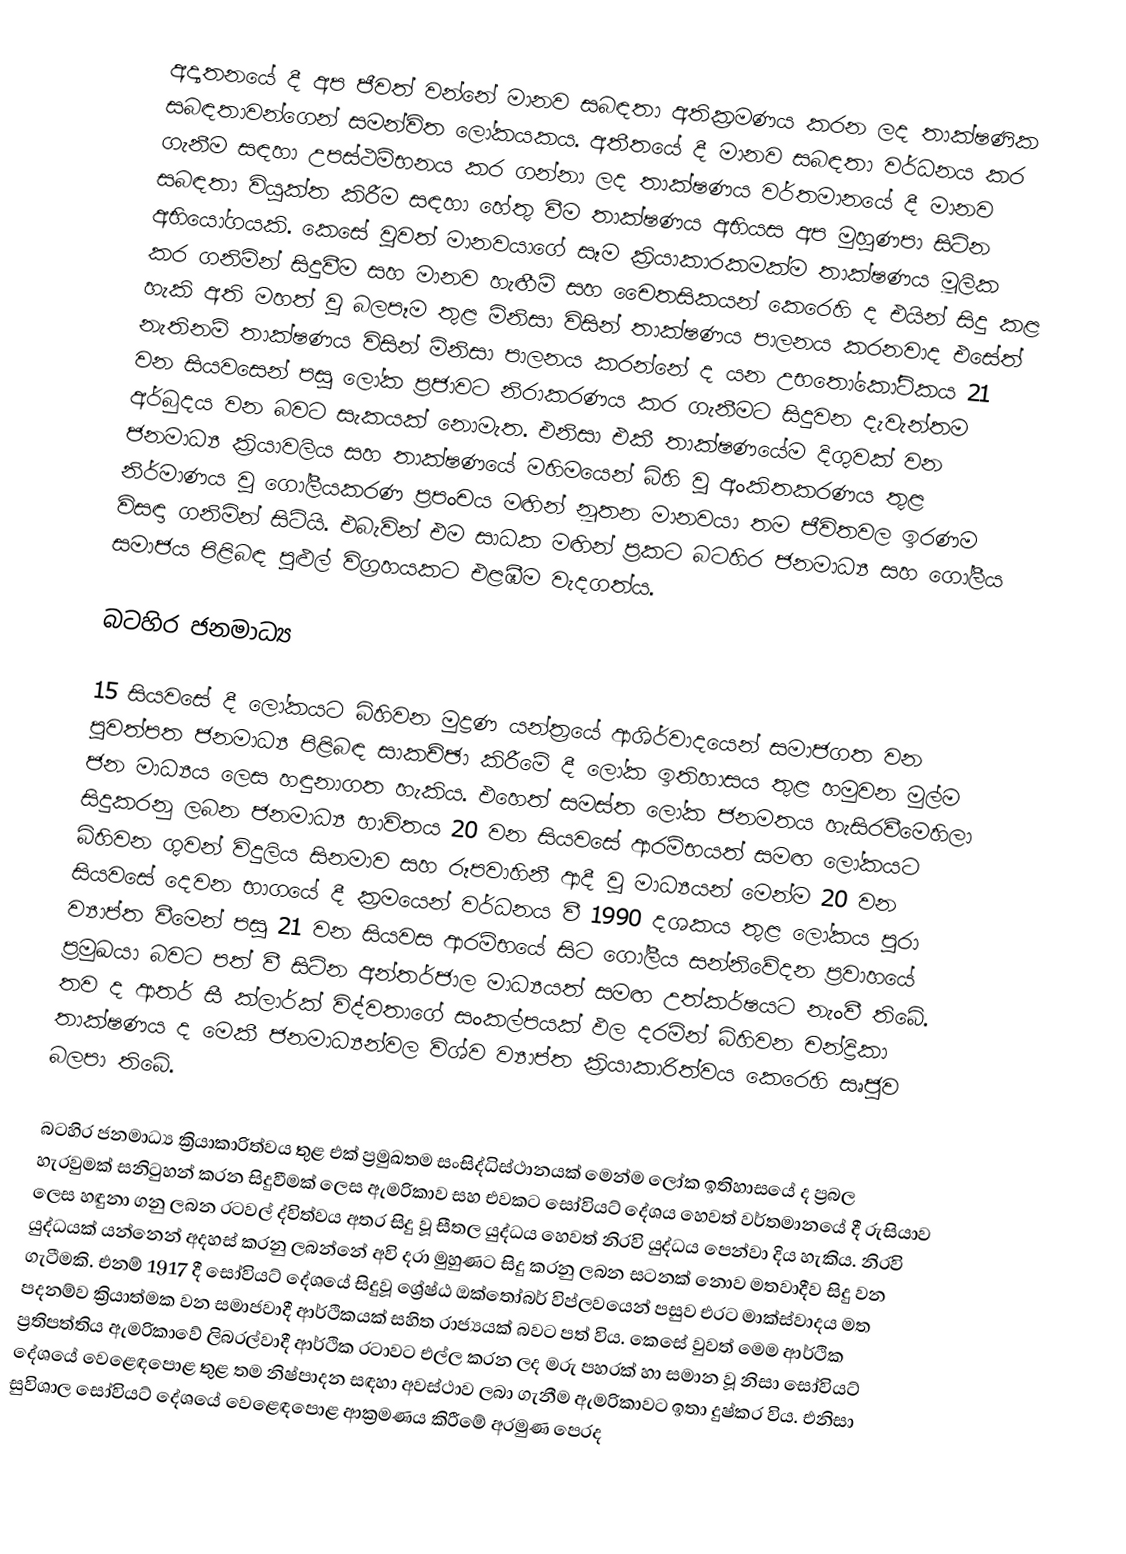
අද්‍යතනයේ දී අප ජීවත් වන්නේ මානව සබඳතා අතික්‍රමණය කරන ලද තාක්ෂණික සබඳතාවන්ගෙන් සමන්විත ලෝකයකය. අතීතයේ දී මානව සබඳතා වර්ධනය කර ගැනීම සඳහා උපස්ථම්භනය කර ගන්නා ලද තාක්ෂණය වර්තමානයේ දී මානව සබඳතා වියුක්ත කිරීම සඳහා හේතු වීම තාක්ෂණය අභියස අප මුහුණපා සිටින අභියෝගයකි. කෙසේ වුවත් මානවයාගේ සෑම ක්‍රියාකාරකමක්ම තාක්ෂණය මූලික කර ගනිමින් සිදුවීම සහ මානව හැඟීම් සහ චෛතසිකයන් කෙරෙහි ද එයින් සිදු කළ හැකි අති මහත් වූ බලපෑම තුළ මිනිසා විසින් තාක්ෂණය පාලනය කරනවාද එසේත් නැතිනම් තාක්ෂණය විසින් මිනිසා පාලනය කරන්නේ ද යන උභතෝකෝටිකය 21 වන සියවසෙන් පසු ලෝක ප්‍රජාවට නිරාකරණය කර ගැනීමට සිදුවන දැවැන්තම අර්බුදය වන බවට සැකයක් නොමැත. එනිසා එකී තාක්ෂණයේම දිගුවක් වන ජනමාධ්‍ය ක්‍රියාවලිය සහ තාක්ෂණයේ මහිමයෙන් බිහි වූ අංකිතකරණය තුළ නිර්මාණය වූ ගෝලීයකරණ ප්‍රපංචය මඟින්  නූතන මානවයා තම ජීවිතවල ඉරණම විසඳා ගනිමින් සිටියි. එබැවින් එම සාධක මඟින් ප්‍රකට බටහිර ජනමාධ්‍ය සහ ගෝලීය සමාජය පිළිබඳ පුළුල් විග්‍රහයකට එළඹීම වැදගත්ය.

බටහිර ජනමාධ්‍ය

15 සියවසේ දී ලෝකයට බිහිවන මුද්‍රණ යන්ත්‍රයේ ආශිර්වාදයෙන් සමාජගත වන පුවත්පත ජනමාධ්‍ය පිළිබඳ සාකච්ඡා කිරීමේ දී  ලෝක ඉතිහාසය තුළ හමුවන මුල්ම ජන මාධ්‍යය ලෙස හඳුනාගත හැකිය. එහෙත් සමස්ත ලෝක ජනමතය හැසිරවීමෙහිලා සිදුකරනු ලබන ජනමාධ්‍ය භාවිතය 20 වන සියවසේ ආරම්භයත් සමඟ ලෝකයට බිහිවන ගුවන් විදුලිය සිනමාව සහ රූපවාහිනී ආදී වූ මාධ්‍යයන් මෙන්ම 20 වන සියවසේ දෙවන භාගයේ දී ක්‍රමයෙන් වර්ධනය වී 1990 දශකය තුළ ලෝකය පුරා ව්‍යාප්ත වීමෙන් පසු 21 වන සියවස ආරම්භයේ සිට ගෝලීය සන්නිවේදන ප්‍රවාහයේ ප්‍රමුඛයා බවට පත් වී සිටින අන්තර්ජාල මාධ්‍යයත් සමඟ උත්කර්ෂයට නැංවී තිබේ. තව ද ආතර් සී ක්ලාර්ක් විද්වතාගේ සංකල්පයක් ඵල දරමින් බිහිවන චන්ද්‍රිකා තාක්ෂණය ද මෙකී ජනමාධ්‍යන්වල විශ්ව ව්‍යාප්ත ක්‍රියාකාරිත්වය කෙරෙහි සෘජුව බලපා තිබේ.

බටහිර ජනමාධ්‍ය ක්‍රියාකාරිත්වය තුළ එක් ප්‍රමුඛතම සංසිද්ධිස්ථානයක් මෙන්ම ලෝක ඉතිහාසයේ ද ප්‍රබල හැරවුමක් සනිටුහන් කරන සිදුවීමක් ලෙස ඇමරිකාව සහ එවකට සෝවියට් දේශය හෙවත් වර්තමානයේ දී රුසියාව ලෙස හඳුනා ගනු ලබන රටවල් ද්විත්වය අතර සිදු වූ සීතල යුද්ධය හෙවත් නිරවි යුද්ධය පෙන්වා දිය හැකිය. නිරවි යුද්ධයක් යන්නෙන් අදහස් කරනු ලබන්නේ අවි දරා මුහුණට සිදු කරනු ලබන සටනක් නොව මතවාදීව සිදු වන ගැටීමකි. එනම් 1917 දී සෝවියට් දේශයේ සිදුවූ ශ්‍රේෂ්ඨ ඔක්තෝබර් විප්ලවයෙන් පසුව එරට මාක්ස්වාදය මත පදනම්ව ක්‍රියාත්මක වන සමාජවාදී ආර්ථිකයක් සහිත රාජ්‍යයක් බවට පත් විය. කෙසේ වුවත් මෙම ආර්ථික ප්‍රතිපත්තිය ඇමරිකාවේ ලිබරල්වාදී ආර්ථික රටාවට එල්ල කරන ලද මරු පහරක් හා සමාන වූ නිසා සෝවියට් දේශයේ වෙළෙඳපොළ තුළ තම නිෂ්පාදන සඳහා අවස්ථාව ලබා ගැනීම ඇමරිකාවට ඉතා දුෂ්කර විය. එනිසා සුවිශාල සෝවියට් දේශයේ වෙළෙඳපොළ ආක්‍රමණය කිරීමේ අරමුණ පෙරද